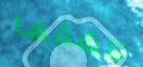
كشفها